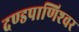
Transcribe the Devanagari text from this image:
दण्‍डपाणिश्‍वर